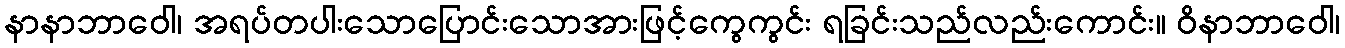
နာနာဘာဝေါ၊ အရပ်တပါးသောပြောင်းသောအားဖြင့်ကွေကွင်း ရခြင်းသည်လည်းကောင်း။ ဝိနာဘာဝေါ၊